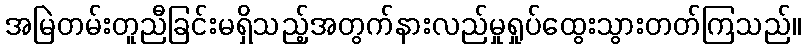
အမြဲတမ်းတူညီခြင်းမရှိသည့်အတွက်နားလည်မှုရှုပ်ထွေးသွားတတ်ကြသည်။